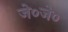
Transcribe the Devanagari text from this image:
जे०जे०